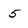
Character: 5